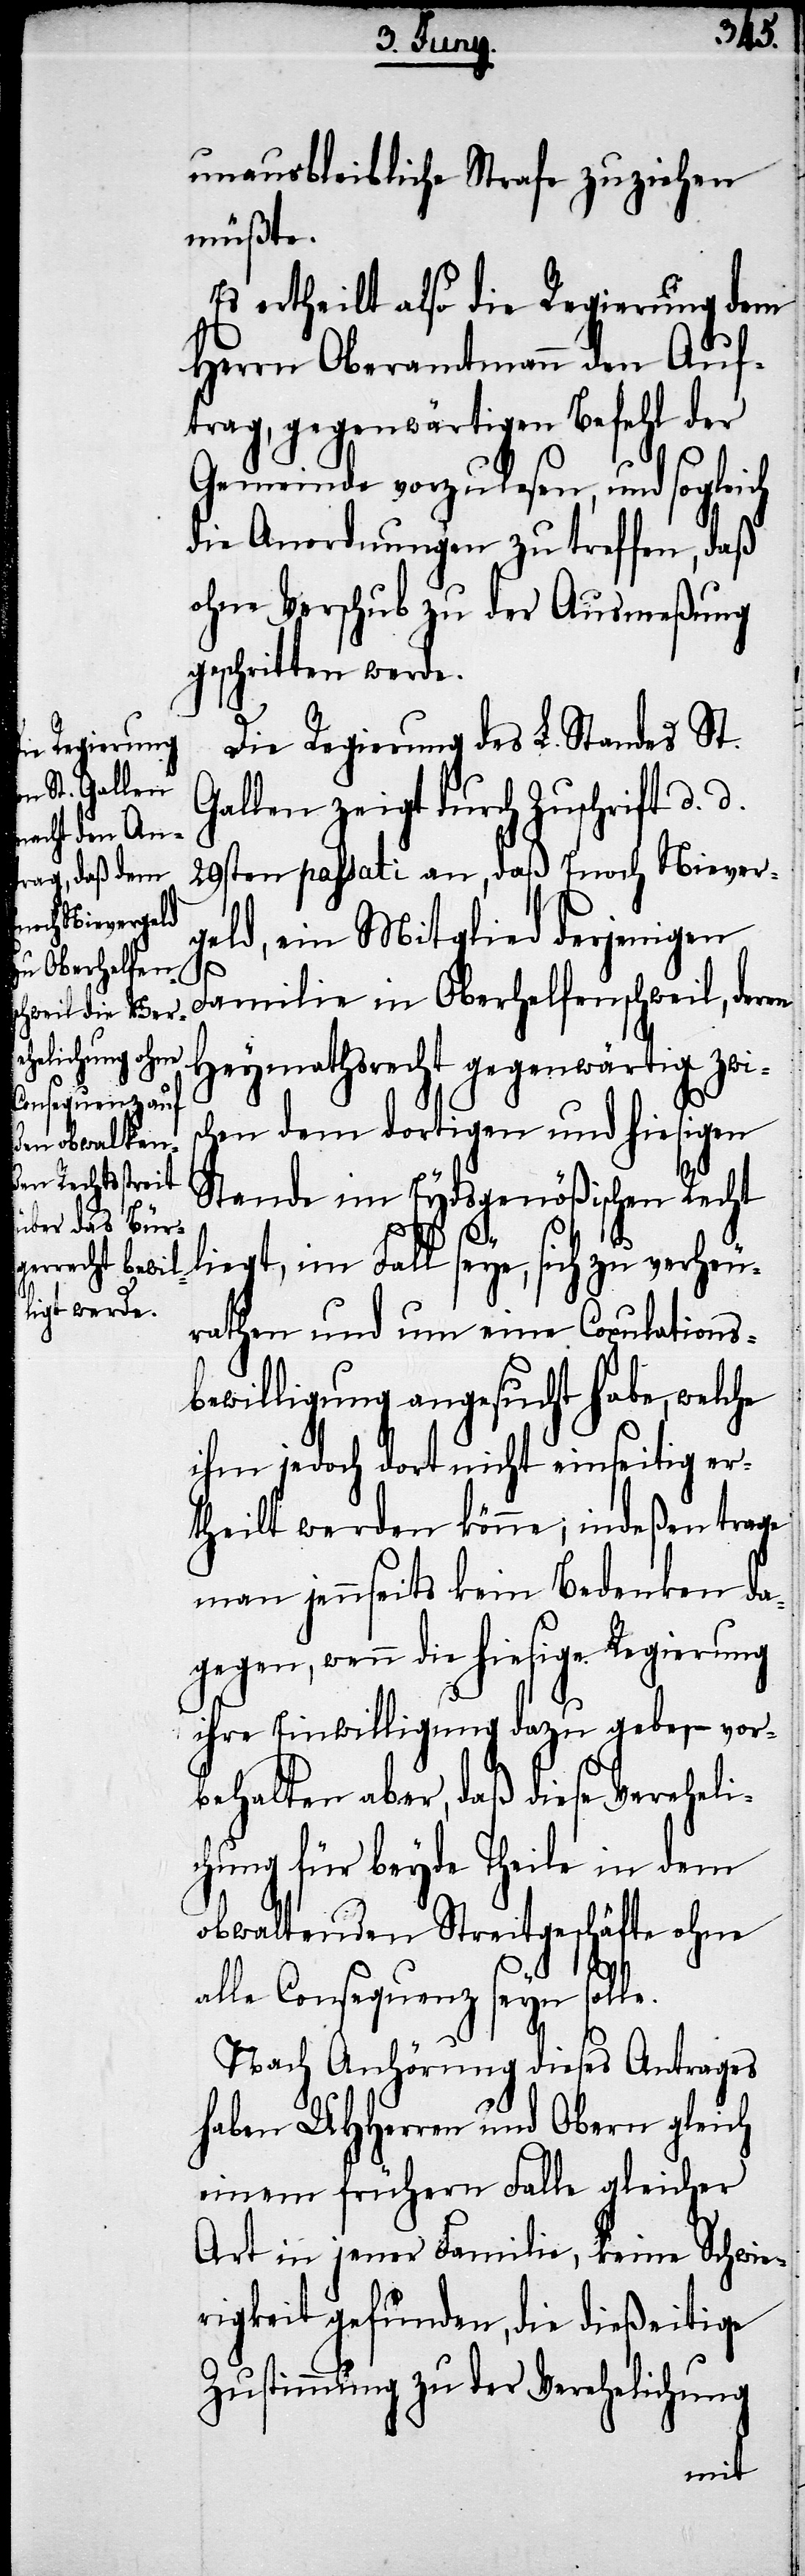
unausbleibliche Strafe zuziehen
müßte.
Es ertheilt also die Regierung dem
Herrn Oberamtmann den Auf¬
trag, gegenwärtigen Befehl der
Gemeinde vorzulesen, und sogleich
die Anordnungen zu treffen, daß
ohne Verschub zu der Ausmeßung
geschritten werde.
Die Regierung des L. Standes St.
Gallen zeigt durch Zuschrift d. d.
29sten passati an, daß Enoch Niever¬
geld, ein Mitglied derjenigen
sc¬
Familie in Oberhelfenschweil, deren
Heymathsrecht gegenwärtig zwi¬
hen dem dortigen und hiesigen
Stande im Eydsgenößischen Recht
liegt, im Fall seye, sich zu verheu¬
rathen und um eine Copulatons¬
bewilligung angesucht habe, welche
ihm jedoch dort nicht einseitig er¬
theilt werden könne; indeßen trage
man jennseits kein Bedenken da¬
gegen, wenn die hiesige Regierung
ihre Einwilligung dazu geben vor¬
behalten aber, daß diese Vereheli¬
chung für beyde Theile in dem
obwaltenden Streitgeschäfte ohne
alle Consequenz seyn solle.
Nach Anhörung dieses Antrages
haben UHHerren und Obern gleich
einem frühern Falle gleicher
Art in jener Familie, keine Schwie¬
rigkeit gefunden, die dießeitige
Zustimmung zu der Verehelichung